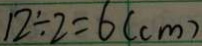
1 2 \div 2 = 6 ( c m )